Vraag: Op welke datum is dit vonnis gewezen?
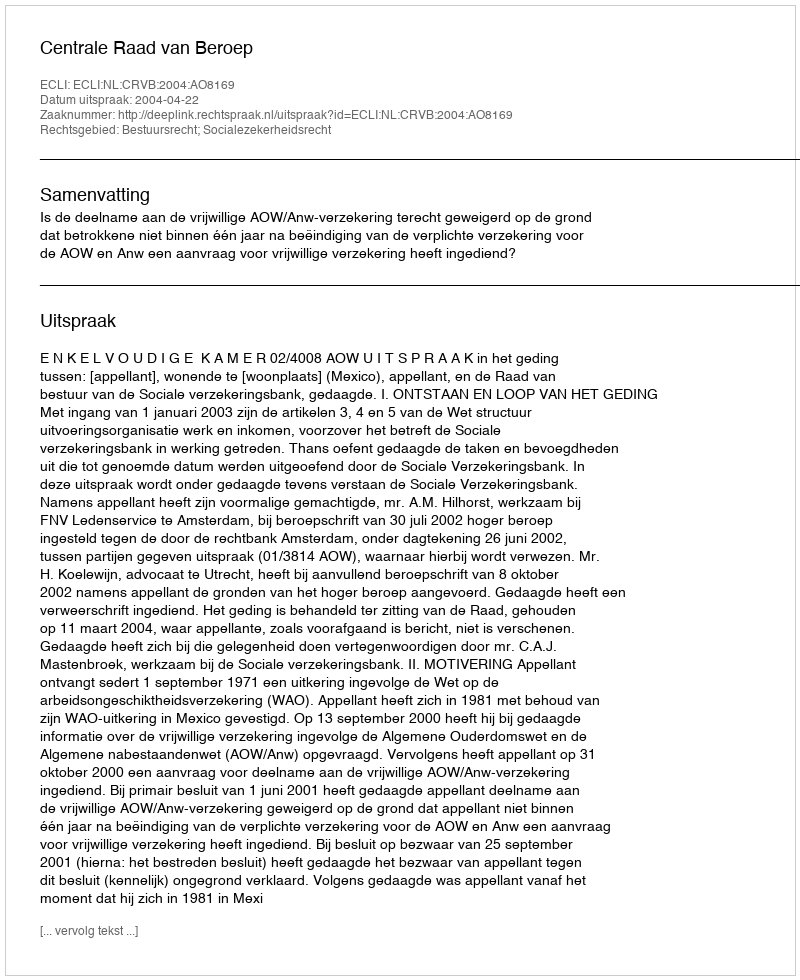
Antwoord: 2004-04-22